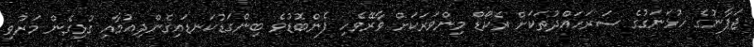
ޖަޕާނުގެ ހުޅަނަގުގެ ސަރަހައްދުތަކަށް ރެކޯޑް މިންވަރަކަށް ވާރޭވެހި ފެންބޮޑުވެ ބިންގަޑުކަނޑައިގެންދިއުމާއި ގުޅިގެން މަރުވި